Annual report on the health of the army in India
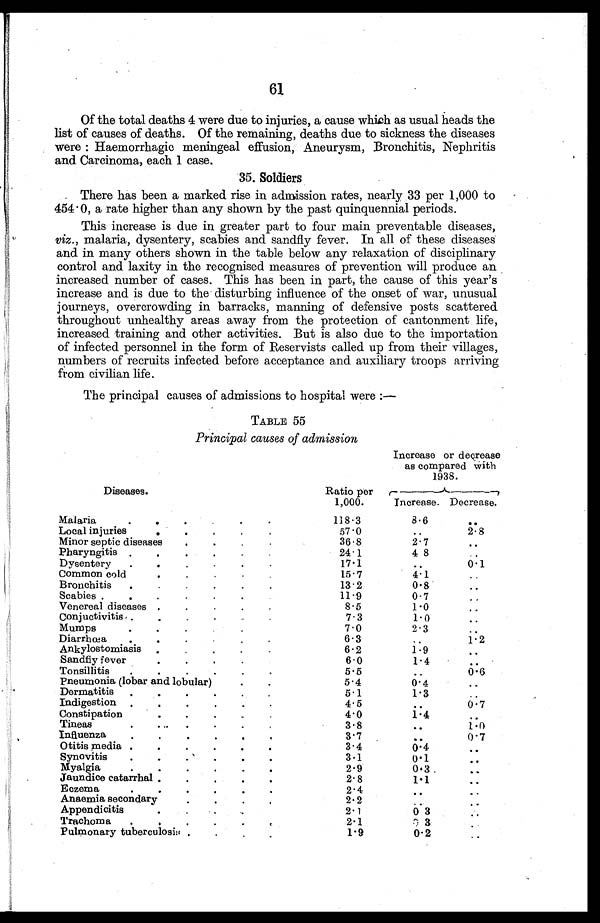
61
Of the total deaths 4 were due to injuries, a cause which as usual heads the
list of causes of deaths. Of the remaining, deaths due to sickness the diseases
were : Haemorrhagic meningeal effusion, Aneurysm, Bronchitis, Nephritis
and Carcinoma, each 1 case.
35. Soldiers
There has been a marked rise in admission rates, nearly 33 per 1,000 to
454.0, a rate higher than any shown by the past quinquennial periods.
This increase is due in greater part to four main preventable diseases,
viz ., malaria, dysentery, scabies and sandfly fever. In all of these diseases
and in many others shown in the table below any relaxation of disciplinary
control and laxity in the recognised measures of prevention will produce an
increased number of cases. This has been in part, the cause of this year's
increase and is due to the disturbing influence of the onset of war, unusual
journeys, overcrowding in barracks, manning of defensive posts scattered
throughout unhealthy areas away from the protection of cantonment life,
increased training and other activities. But is also due to the importation
of infected personnel in the form of Reservists called up from their villages,
numbers of recruits infected before acceptance and auxiliary troops arriving
from civilian life.
The principal causes of admissions to hospital were :—
TABLE 55
Principal causes of admission
Diseases.
Increase or degrease
as compared With
1938.
Ratio per
1,000.
Increase. Decrease.
Malaria
. .
.
.
.
. 118.3
8.6
. .
Local injuries .
.
.
.
.
57.0
. .
2.8
Minor septic diseases
.
. .
.
36.8
2.7
. .
Pharyngitis .
. .
. .
.
24.1
4 8
..
Dysentery
.
.
.
.
.
.
17.1
. . 0.1
Common cold
. .
.
.
.
15.7
4.1
. .
Bronchitis .
.
.
.
.
.
13.2
0. 8
. .
Scabies .
.
. .
.
.
.
11.9
0.7
..
Venereal diseases .
.
.
.
.
8.5
1.0
. .
Conjuctivitis .
.
.
.
.
.
7.3
1.0
..
Mumps
.
. .
.
.
.
7.0
2 . 3
. .
Diarrhœa
.
.
.
.
.
.
6.3
. . 1.2
Ankylostomiasis .
.
.
.
.
6.2
1.9
. .
Sandfly fever
. . .
.
.
6.0
1.4
. .
Tonsillitis
.
.
.
.
.
.
5.5
..
0.6
Pneumonia (lobar and lobular)
.
.
5.4
0.4
. .
Dermatitis
.
. .
.
. .
5.1
1.3
..
Indigestion .
. .
. .
.
4.5
. . 0.7
Constipation
.
.
.
.
.
4.0
1.4
. .
Tineas
.
. .
.
.
.
3.8
. . 1.0
Influenza
.
. .
. .
.
3.7
. . 0.7
Otitis media .
.
.
.
.
.
3.4
0.4
. .
Synovitis
.
.
.
.
.
.
3.1
0.1
. .
Myalgia
.
. .
. .
.
2.9
0.3
. .
Jaundice catarrhal .
.
. .
.
2.8
1.1
. .
Eczema
.
. .
. .
.
2.4
. .
..
Anaemia secondar
.
. .
.
2.2
..
. .
Appendicitis
.
.
.
.
.
2 . 1
0 3 ..
Trachoma .
. .
.
.
.
2.1
0 . 3
..
Pulmonary tuberculosis .
.
.
.
1.9
0.2
. .